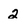
Character: 2